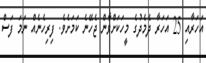
އަހަރާއި 25 އަހަރާ ދެމެދުގެ މީހަކަށްވާން ޖެހޭނެ ކަމަށެވެ. ފިރިހެނެއް ނަމަ ފަސް